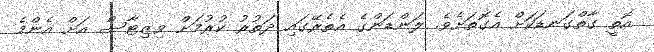
އޮތީ ގާތްގަނޑަކަށް އެގޮތަށެވެ. ލަންޑަންގެ އެތެރޭގައި ދަތުރު ކުރުމަށް ވިޒިޓާސް އަށް އެންމެ